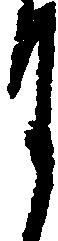
月